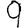
Digit: 9